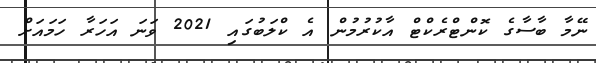
ނޭމާ ބާސާގެ ކޮންޓްރެކްޓް އާކުރުމުން އެ ކްލަބުގައި 2021 ވަނަ އަހަރާ ހަމައަށް